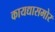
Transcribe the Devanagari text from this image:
कायद्यासमोर